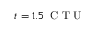
t = 1 . 5 \, \mathrm { ~ C ~ T ~ U ~ }